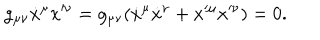
g _ { \mu \nu } \dot { x } ^ { \mu } x ^ { \nu } = g _ { \mu \nu } ( \dot { x } ^ { \mu } \dot { x } ^ { \nu } + x ^ { \mu } x ^ { \nu } ) = 0 .